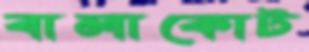
বালাকোট